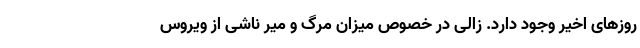
روزهای اخیر وجود دارد. زالی در خصوص میزان مرگ و میر ناشی از ویروس